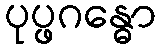
ပုပ္ဖဂန္ဓော